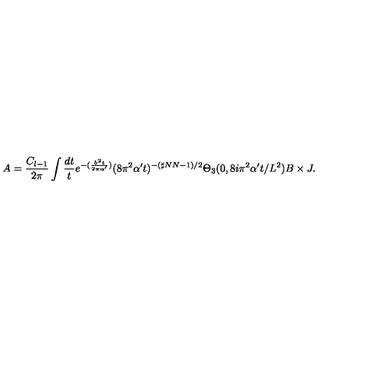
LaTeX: A = \frac { C _ { l - 1 } } { 2 \pi } \int \frac { d t } { t } e ^ { - ( \frac { b ^ { 2 } t } { 2 \pi \alpha ^ { \prime } } ) } ( 8 \pi ^ { 2 } \alpha ^ { \prime } t ) ^ { - ( \sharp N N - 1 ) / 2 } \Theta _ { 3 } ( 0 , 8 i \pi ^ { 2 } \alpha ^ { \prime } t / L ^ { 2 } ) B \times J .